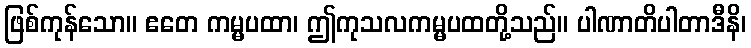
ဖြစ်ကုန်သော။ ဧတေ ကမ္မပထာ၊ ဤကုသလကမ္မပထတို့သည်။ ပါဏာတိပါတာဒီနိ၊